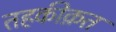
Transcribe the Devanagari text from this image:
तहकीक़त